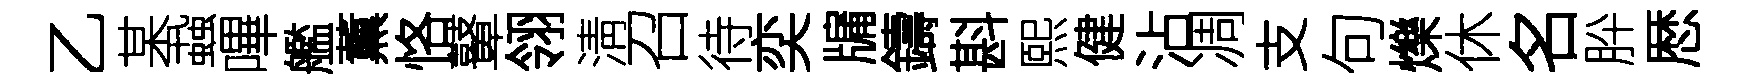
乙某蝨嗶艦薫恪鼙翎淸召待奕牖鑄斟熙健沾凋支句爍休名肸厯